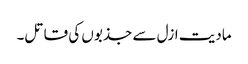
مادیت ازل سے جذبوں کی قاتل۔